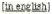
(in english)